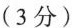
(3分)